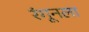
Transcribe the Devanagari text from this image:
रंगूनला